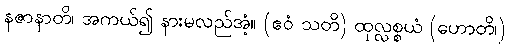
နဇာနာတိ၊ အကယ်၍ နားမလည်အံ့။ (ဧဝံ သတိ) ထုလ္လစ္စယံ (ဟောတိ၊)